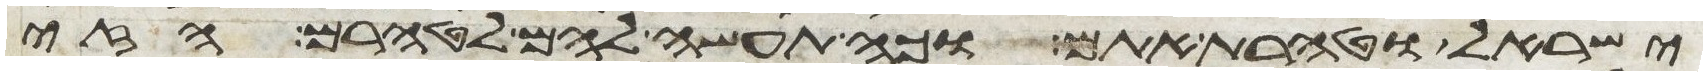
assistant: ישראל וטהרת אתם וכה תעשה להם לטהרם הזי